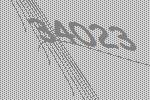
34023